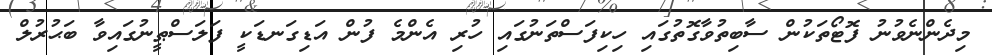
މިދެންނެވުނު ފޮޓޯތަކުން ސާބިތުވާގޮތުގައި ހިކިފަސްތަނުގައި ހުރި އެންމެ ފުން އަޑިގަނޑަކީ ފަލަސްޠީނުގައިވާ ބަޙުރުލް